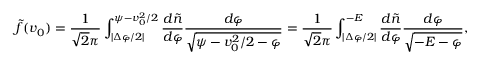
\tilde { f } ( v _ { 0 } ) = { \frac { 1 } { \sqrt { 2 } \pi } } \int _ { | \Delta \varphi / 2 | } ^ { { \psi } - v _ { 0 } ^ { 2 } / 2 } { \frac { d \tilde { n } } { d \varphi } } { \frac { d \varphi } { \sqrt { { \psi } - v _ { 0 } ^ { 2 } / 2 - \varphi } } } = { \frac { 1 } { \sqrt { 2 } \pi } } \int _ { | \Delta \varphi / 2 | } ^ { - { \cal E } } { \frac { d \tilde { n } } { d \varphi } } { \frac { d \varphi } { \sqrt { - { \cal E } - \varphi } } } ,